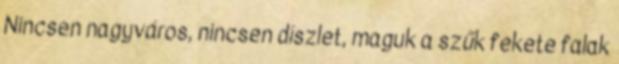
Nincsen nagyváros, nincsen díszlet, maguk a szűk fekete falak